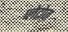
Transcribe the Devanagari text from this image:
प्लेटोज़